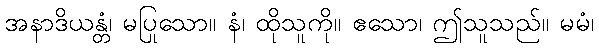
အနာဒိယန္တံ၊ မပြုသော။ နံ၊ ထိုသူကို။ ဧသော၊ ဤသူသည်။ မမံ၊